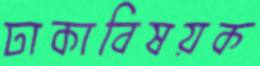
ঢাকাবিষয়ক